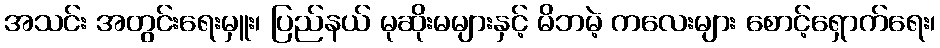
အသင်း အတွင်းရေးမှူး၊ ပြည်နယ် မုဆိုးမများနှင့် မိဘမဲ့ ကလေးများ စောင့်ရှောက်ရေး၊